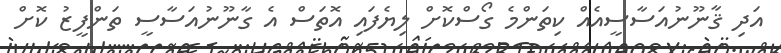
އަދި ޤާނޫނުއަސާސީއެއް ކިތަންމެ ގޯސްކޮށް ލިޔެފައި އޮތަސް އެ ގާނޫނުއަސާސީ ތަންފީޒު ކޮށް